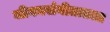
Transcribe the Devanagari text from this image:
जीवनसंगीतातला